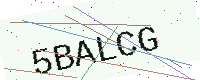
Text: 5BALCG